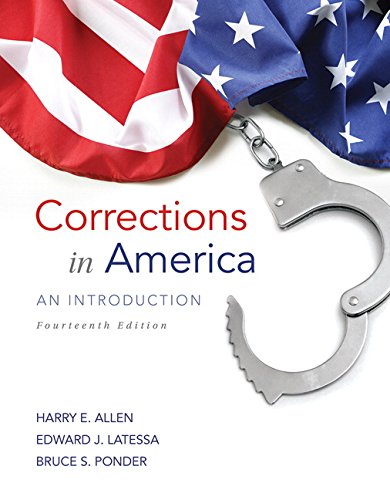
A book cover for Corrections in America: An Introduction (14th Edition); Harry E. Allen; Law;